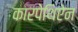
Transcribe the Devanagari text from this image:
कारपेथिऐन